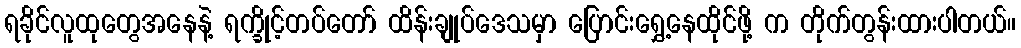
ရခိုင်လူထုတွေအနေနဲ့ ရက္ခိုင့်တပ်တော် ထိန်းချုပ်ဒေသမှာ ပြောင်းရွှေ့နေထိုင်ဖို့ က တိုက်တွန်းထားပါတယ်။